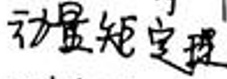
动量矩定理